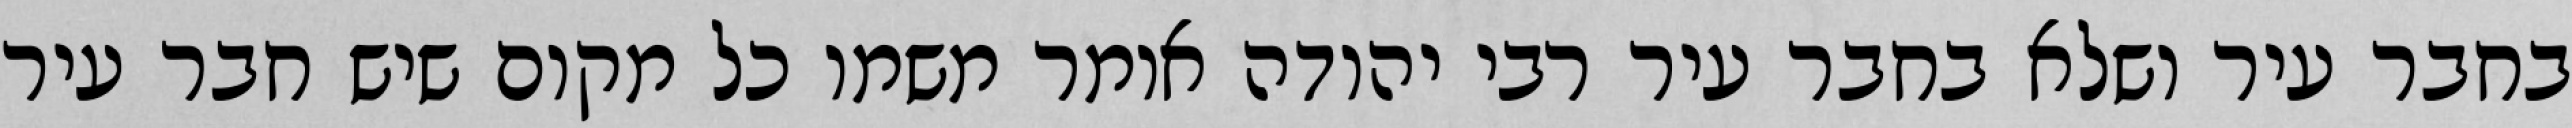
בחבר עיר ושלא בחבר עיר רבי יהודה אומר משמו כל מקום שיש חבר עיר